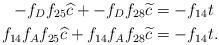
LaTeX: \begin{align*}-f_Df_{25}\widehat{c} + -f_Df_{28}\widetilde{c} &= -f_{14}t \\f_{14}f_Af_{25}\widehat{c} + f_{14}f_Af_{28}\widetilde{c} &= -f_{14}t. \end{align*}